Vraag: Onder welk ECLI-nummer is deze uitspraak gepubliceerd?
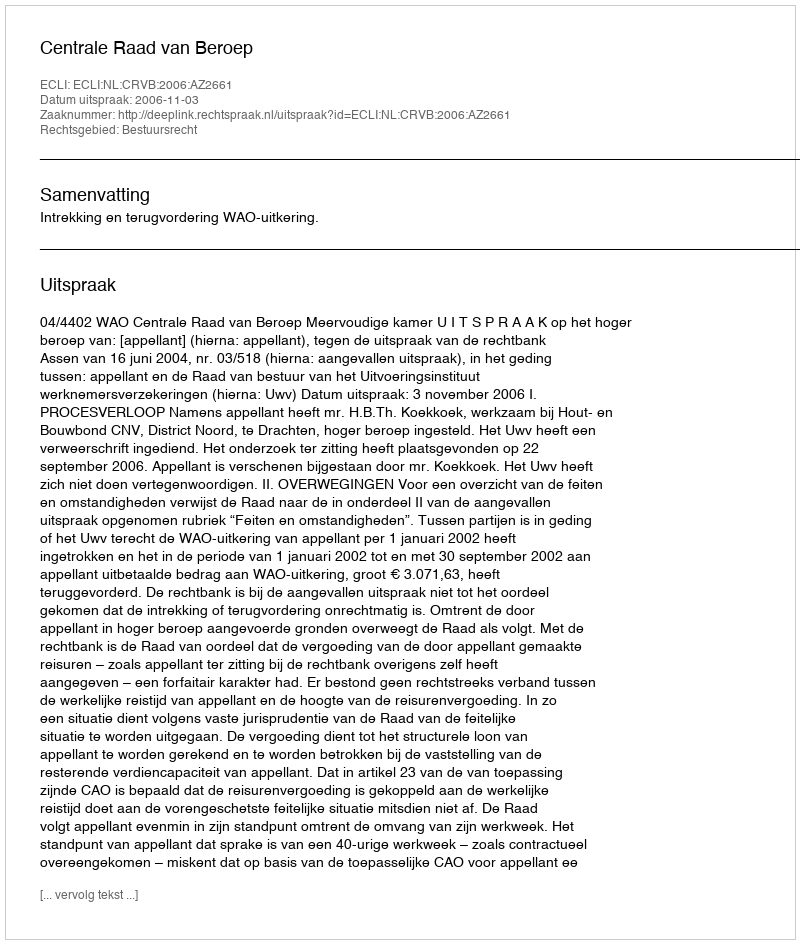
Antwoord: ECLI:NL:CRVB:2006:AZ2661